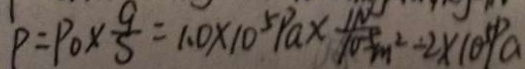
P = P 0 \times \frac { 9 } { S } = 1 . 0 \times 1 0 ^ { 5 } P a \times \frac { 1 N } { 1 0 ^ { - 5 } m ^ { 2 } } - 2 \times 1 0 ^ { 5 } P a